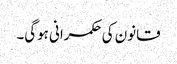
قانون کی حکمرانی ہوگی۔